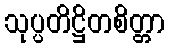
သုပ္ပတိဋ္ဌိတစိတ္တာ